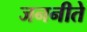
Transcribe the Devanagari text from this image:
जननीते